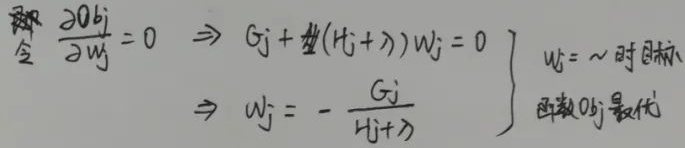
令 $\frac{\partial Obj}{\partial w_{j}} = 0 \Rightarrow G_{j}+(H_{j}+\lambda)w_{j}=0$，
\[
\left.\begin{array}{l}
\Rightarrow w_{j}=-\frac{G_{j}}{H_{j}+\lambda}
\end{array}\right\}
\begin{array}{l}
w_{j} = \cdots \text{时目标}\\
\text{函数} Obj \text{最优}
\end{array}
\]